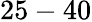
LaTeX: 25-40